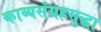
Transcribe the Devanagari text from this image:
काव्यसंग्रहसुद्धा